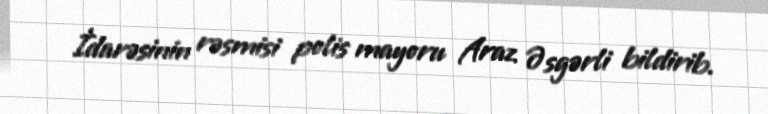
İdarəsinin rəsmisi polis mayoru Araz Əsgərli bildirib.